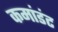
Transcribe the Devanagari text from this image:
कमांडंट